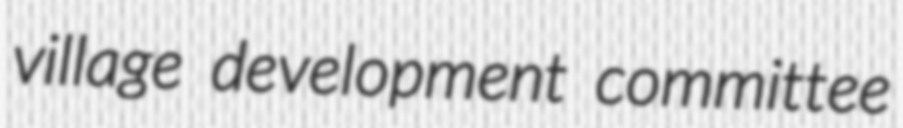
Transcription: village development committee